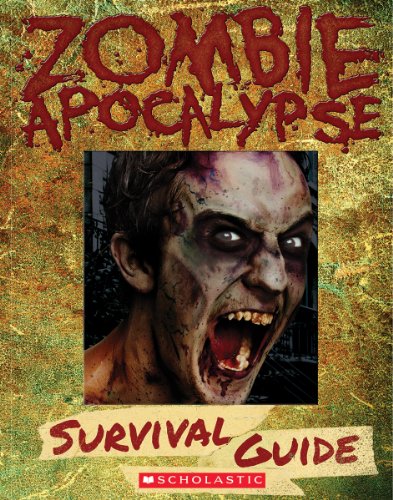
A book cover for Zombie Apocalypse Survival Guide; Heather Dakota; Children's Books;